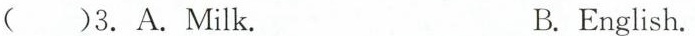
( )3.A.Milk. B. English.